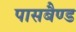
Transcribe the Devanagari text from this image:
पासबैण्ड